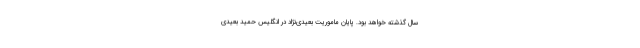
سال گذشته خواهد بود. پایان ماموریت بعیدی‌نژاد در انگلیس حمید بعیدی